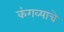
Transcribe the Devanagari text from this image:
कंगव्याचे